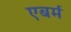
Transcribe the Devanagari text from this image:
एबर्म